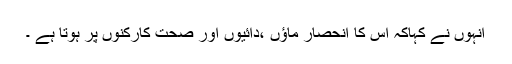
انہوں نے کہاکہ اس کا انحصار ماؤں ،دائیوں اور صحت کارکنوں پر ہوتا ہے ۔